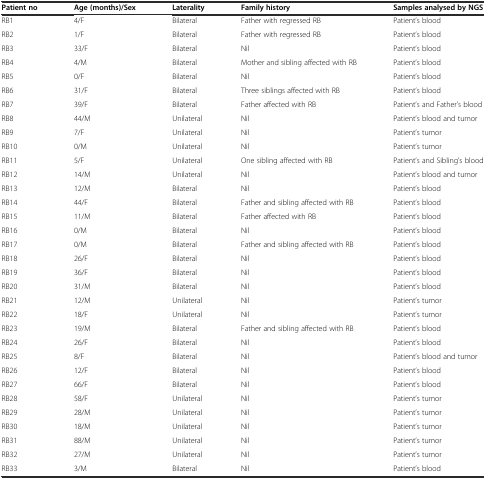
| Patient no | Age (months)/Sex | Laterality | Family history | Samples analysed by NGS |
 | --- | --- | --- | --- | --- |
 | RB1 | 4/F | Bilateral | Father with regressed RB | Patient’s blood |
 | RB2 | 1/F | Bilateral | Father with regressed RB | Patient’s blood |
 | RB3 | 33/F | Bilateral | Nil | Patient’s blood |
 | RB4 | 4/M | Bilateral | Mother and sibling affected with RB | Patient’s blood |
 | RB5 | 0/F | Bilateral | Nil | Patient’s blood |
 | RB6 | 31/F | Bilateral | Three siblings affected with RB | Patient’s blood |
 | RB7 | 39/F | Bilateral | Father affected with RB | Patient’s and Father’s blood |
 | RB8 | 44/M | Unilateral | Nil | Patient’s blood and tumor |
 | RB9 | 7/F | Unilateral | Nil | Patient’s tumor |
 | RB10 | 0/M | Unilateral | Nil | Patient’s tumor |
 | RB11 | 5/F | Unilateral | One sibling affected with RB | Patient’s and Sibling’s blood |
 | RB12 | 14/M | Unilateral | Nil | Patient’s blood and tumor |
 | RB13 | 12/M | Bilateral | Nil | Patient’s blood |
 | RB14 | 44/F | Bilateral | Father and sibling affected with RB | Patient’s blood |
 | RB15 | 11/M | Bilateral | Father affected with RB | Patient’s blood |
 | RB16 | 0/M | Bilateral | Nil | Patient’s blood |
 | RB17 | 0/M | Bilateral | Father and sibling affected with RB | Patient’s blood |
 | RB18 | 26/F | Bilateral | Nil | Patient’s blood |
 | RB19 | 36/F | Bilateral | Nil | Patient’s blood |
 | RB20 | 31/M | Bilateral | Nil | Patient’s blood |
 | RB21 | 12/M | Unilateral | Nil | Patient’s tumor |
 | RB22 | 18/F | Unilateral | Nil | Patient’s tumor |
 | RB23 | 19/M | Bilateral | Father and sibling affected with RB | Patient’s blood |
 | RB24 | 26/F | Bilateral | Nil | Patient’s blood |
 | RB25 | 8/F | Bilateral | Nil | Patient’s blood and tumor |
 | RB26 | 12/F | Bilateral | Nil | Patient’s blood |
 | RB27 | 66/F | Bilateral | Nil | Patient’s blood |
 | RB28 | 58/F | Unilateral | Nil | Patient’s tumor |
 | RB29 | 28/M | Unilateral | Nil | Patient’s tumor |
 | RB30 | 18/M | Unilateral | Nil | Patient’s tumor |
 | RB31 | 88/M | Unilateral | Nil | Patient’s tumor |
 | RB32 | 27/M | Unilateral | Nil | Patient’s tumor |
 | RB33 | 3/M | Bilateral | Nil | Patient’s blood |